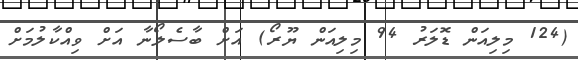
(124 މިލިއަން ޑޮލަރު 94 މިލިއަން ޔޫރޯ) އަށް ބާސެލޯނާ އަށް ވިއްކާލުމަށް